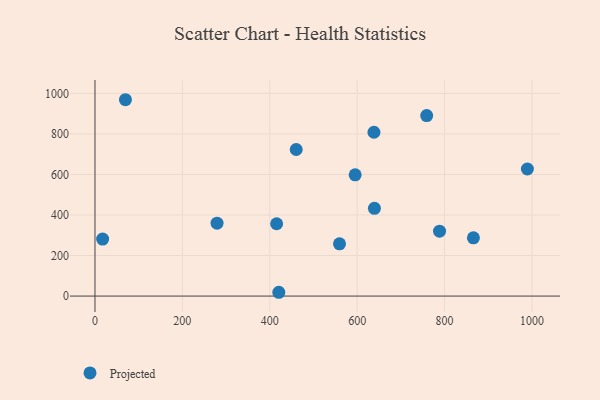
{"axis": {"x": "Ad Spend", "y": "Sales"}, "legend": ["Projected"], "data": [{"x": "866.0", "y": 287.2, "type": "Projected"}, {"x": "639.5", "y": 433.0, "type": "Projected"}, {"x": "559.6", "y": 257.6, "type": "Projected"}, {"x": "420.7", "y": 18.7, "type": "Projected"}, {"x": "69.7", "y": 968.7, "type": "Projected"}, {"x": "759.1", "y": 890.5, "type": "Projected"}, {"x": "989.5", "y": 626.8, "type": "Projected"}, {"x": "595.4", "y": 598.3, "type": "Projected"}, {"x": "788.5", "y": 320.3, "type": "Projected"}, {"x": "279.3", "y": 359.8, "type": "Projected"}, {"x": "415.7", "y": 356.8, "type": "Projected"}, {"x": "638.4", "y": 808.3, "type": "Projected"}, {"x": "460.5", "y": 723.2, "type": "Projected"}, {"x": "17.5", "y": 281.3, "type": "Projected"}]}